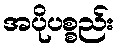
အပိုပစ္စည်း